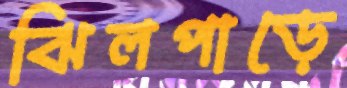
ঝিলপাড়ে